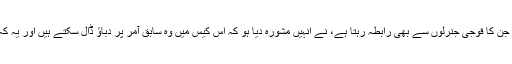
ہو سکتا ہے کہ ان کی جماعت کے کچھ اہم افراد ، جن کا فوجی جنرلوں سے بھی رابطہ رہتا ہے، نے انہیں مشورہ دیا ہو کہ اس کیس میں وہ سابق آمر پر دباؤ ڈال سکتے ہیں اور یہ کہ اُنہیں ’’ ادھر ‘‘ سے کوئی خدشہ نہیں ہونا چاہیے۔